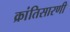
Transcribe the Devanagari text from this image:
क्रांतिसारणी